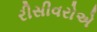
રીસીવરોએ